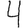
Digit: 4